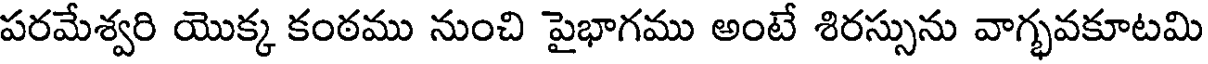
పరమేశ్వరి యొక్క కంఠము నుంచి పైభాగము అంటే శిరస్సును వాగ్భవకూటమి